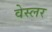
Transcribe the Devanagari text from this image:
वेस्लर